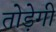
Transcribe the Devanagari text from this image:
तोड़ेगी